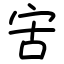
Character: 㝒